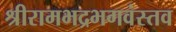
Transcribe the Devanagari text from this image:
श्रीरामभद्रभगवंस्तव